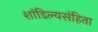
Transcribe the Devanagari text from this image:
शांडिल्यसंहिता